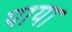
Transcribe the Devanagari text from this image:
पाया